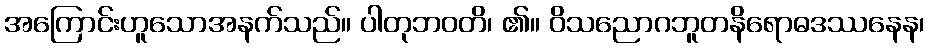
အကြောင်းဟူသောအနက်သည်။ ပါတုဘဝတိ၊ ၏။ ဝိသညောဂဘူတနိရောဓဒဿနေန၊